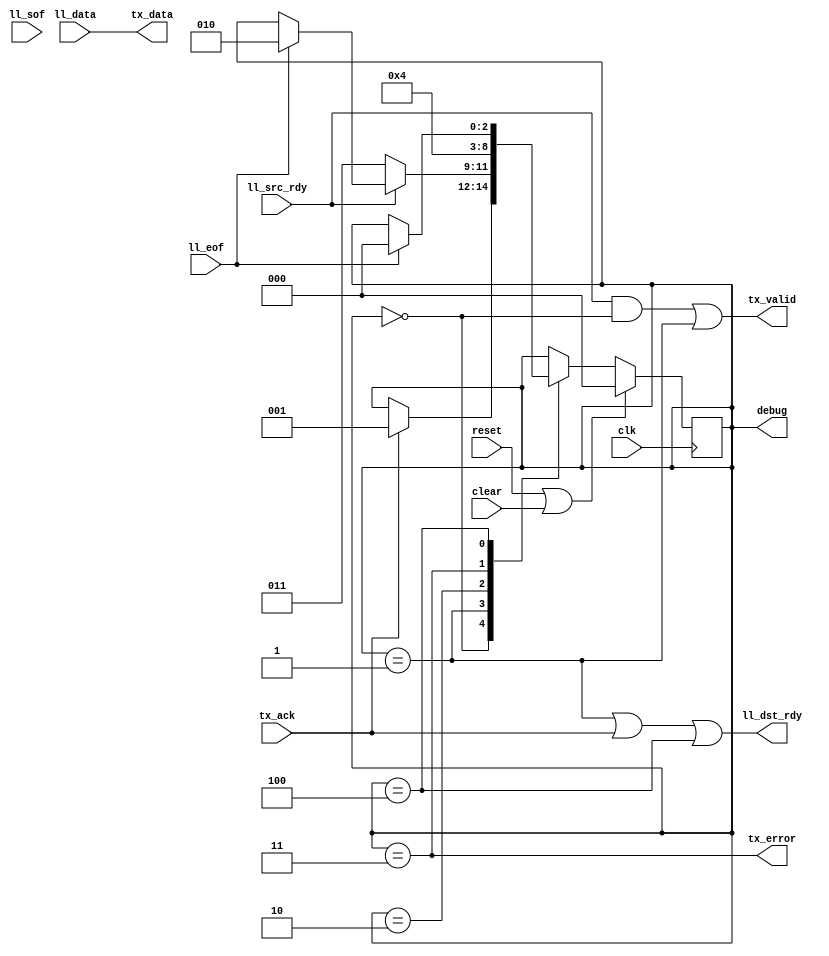
`timescale 1ns / 1ps
//////////////////////////////////////////////////////////////////////////////////
// Company: 
// Engineer: 
// 
// Design Name: 
// Module Name:    ll8_to_txmac 
// Project Name: 
// Target Devices: 
// Tool versions: 
// Description: 
//
// Dependencies: 
//
// Revision: 
// Revision 0.01 - File Created
// Additional Comments: 
//
//////////////////////////////////////////////////////////////////////////////////
module ll8_to_txmac
  (input clk, input reset, input clear,
   input [7:0] ll_data, input ll_sof, input ll_eof, input ll_src_rdy, output ll_dst_rdy,
   output [7:0] tx_data, output tx_valid, output tx_error, input tx_ack, output [2:0] debug );

   reg [2:0] xfer_state;

   localparam XFER_IDLE      = 0;
   localparam XFER_ACTIVE    = 1;
   localparam XFER_WAIT1     = 2;
   localparam XFER_UNDERRUN  = 3;
   localparam XFER_DROP      = 4;
   
   always @(posedge clk)
     if(reset | clear)
       xfer_state 	    <= XFER_IDLE;
     else
       case(xfer_state)
	 XFER_IDLE :
	   if(tx_ack)
	     xfer_state <= XFER_ACTIVE;
	 XFER_ACTIVE :
	   if(~ll_src_rdy)
	     xfer_state <= XFER_UNDERRUN;
	   else if(ll_eof)
	     xfer_state <= XFER_WAIT1;
	 XFER_WAIT1 :
	   xfer_state <= XFER_IDLE;
	 XFER_UNDERRUN :
	   xfer_state <= XFER_DROP;
	 XFER_DROP :
	   if(ll_eof)
	     xfer_state <= XFER_IDLE;
       endcase // case (xfer_state)

   assign ll_dst_rdy 	 = (xfer_state == XFER_ACTIVE) | tx_ack | (xfer_state == XFER_DROP);
   assign tx_valid 	 = (ll_src_rdy & (xfer_state == XFER_IDLE))|(xfer_state == XFER_ACTIVE);
   assign tx_data 	 = ll_data;
   assign tx_error 	 = (xfer_state == XFER_UNDERRUN);
   assign debug = xfer_state;
endmodule // ll8_to_txmac